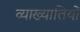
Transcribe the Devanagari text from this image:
व्याख्यातियों